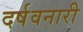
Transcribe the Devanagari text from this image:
दर्षवनारी